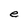
Character: e